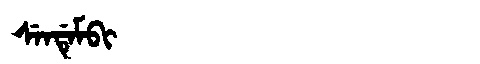
Manchu: ᠰᡝᠨᡩᡝᠮᠪᡳ
Romanization: SENDEMBI